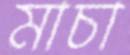
মাচা